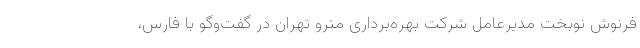
فرنوش نوبخت مدیرعامل شرکت بهره‌برداری مترو تهران در گفت‌وگو با فارس،